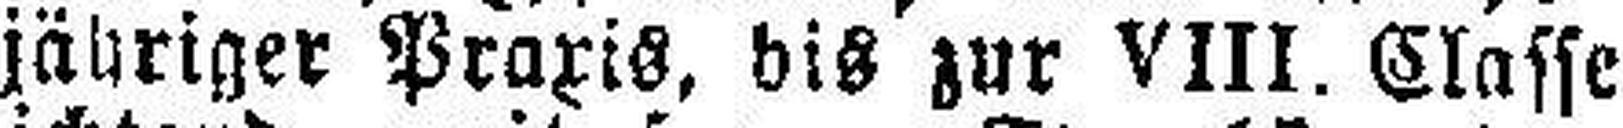
jähriger Praxis, dis zur VIII. Classe